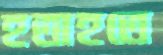
হতাহতে